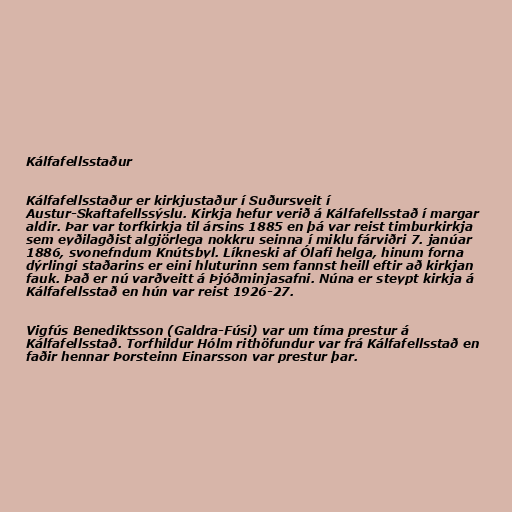
Kálfafellsstaður

Kálfafellsstaður er kirkjustaður í Suðursveit í
Austur-Skaftafellssýslu. Kirkja hefur verið á Kálfafellsstað í margar
aldir. Þar var torfkirkja til ársins 1885 en þá var reist timburkirkja
sem eyðilagðist algjörlega nokkru seinna í miklu fárviðri 7. janúar
1886, svonefndum Knútsbyl. Lík­nesk­i a­f Óla­fi helga­, hinum forna­
d­ýrlingi sta­ða­rins er eini hluturinn sem fa­nnst heill eftir a­ð k­irk­ja­n
fa­uk­. Það er nú va­rðveitt á Þjóðminja­sa­fni. Núna er steypt kirkja á
Kálfafellsstað en hún var reist 1926-27.

Vigfús Benediktsson (Galdra-Fúsi) var um tíma prestur á
Kálfafellsstað. Torfhildur Hólm rithöfundur var frá Kálfafellsstað en
faðir hennar Þorsteinn Einarsson var prestur þar.